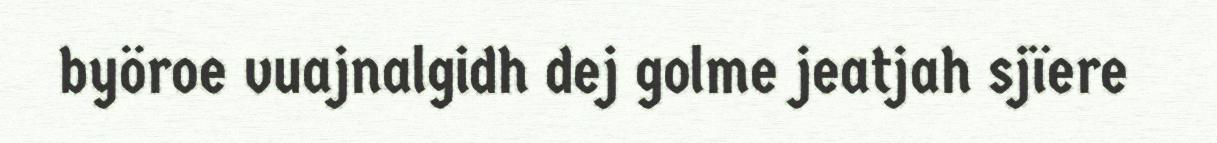
byöroe vuajnalgidh dej golme jeatjah sjïere